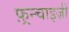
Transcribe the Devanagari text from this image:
फ़्रन्चाइज़ी